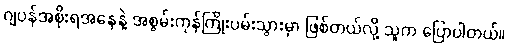
ဂျပန်အစိုးရအနေနဲ့ အစွမ်းကုန်ကြိုးပမ်းသွားမှာ ဖြစ်တယ်လို့ သူက ပြောပါတယ်။